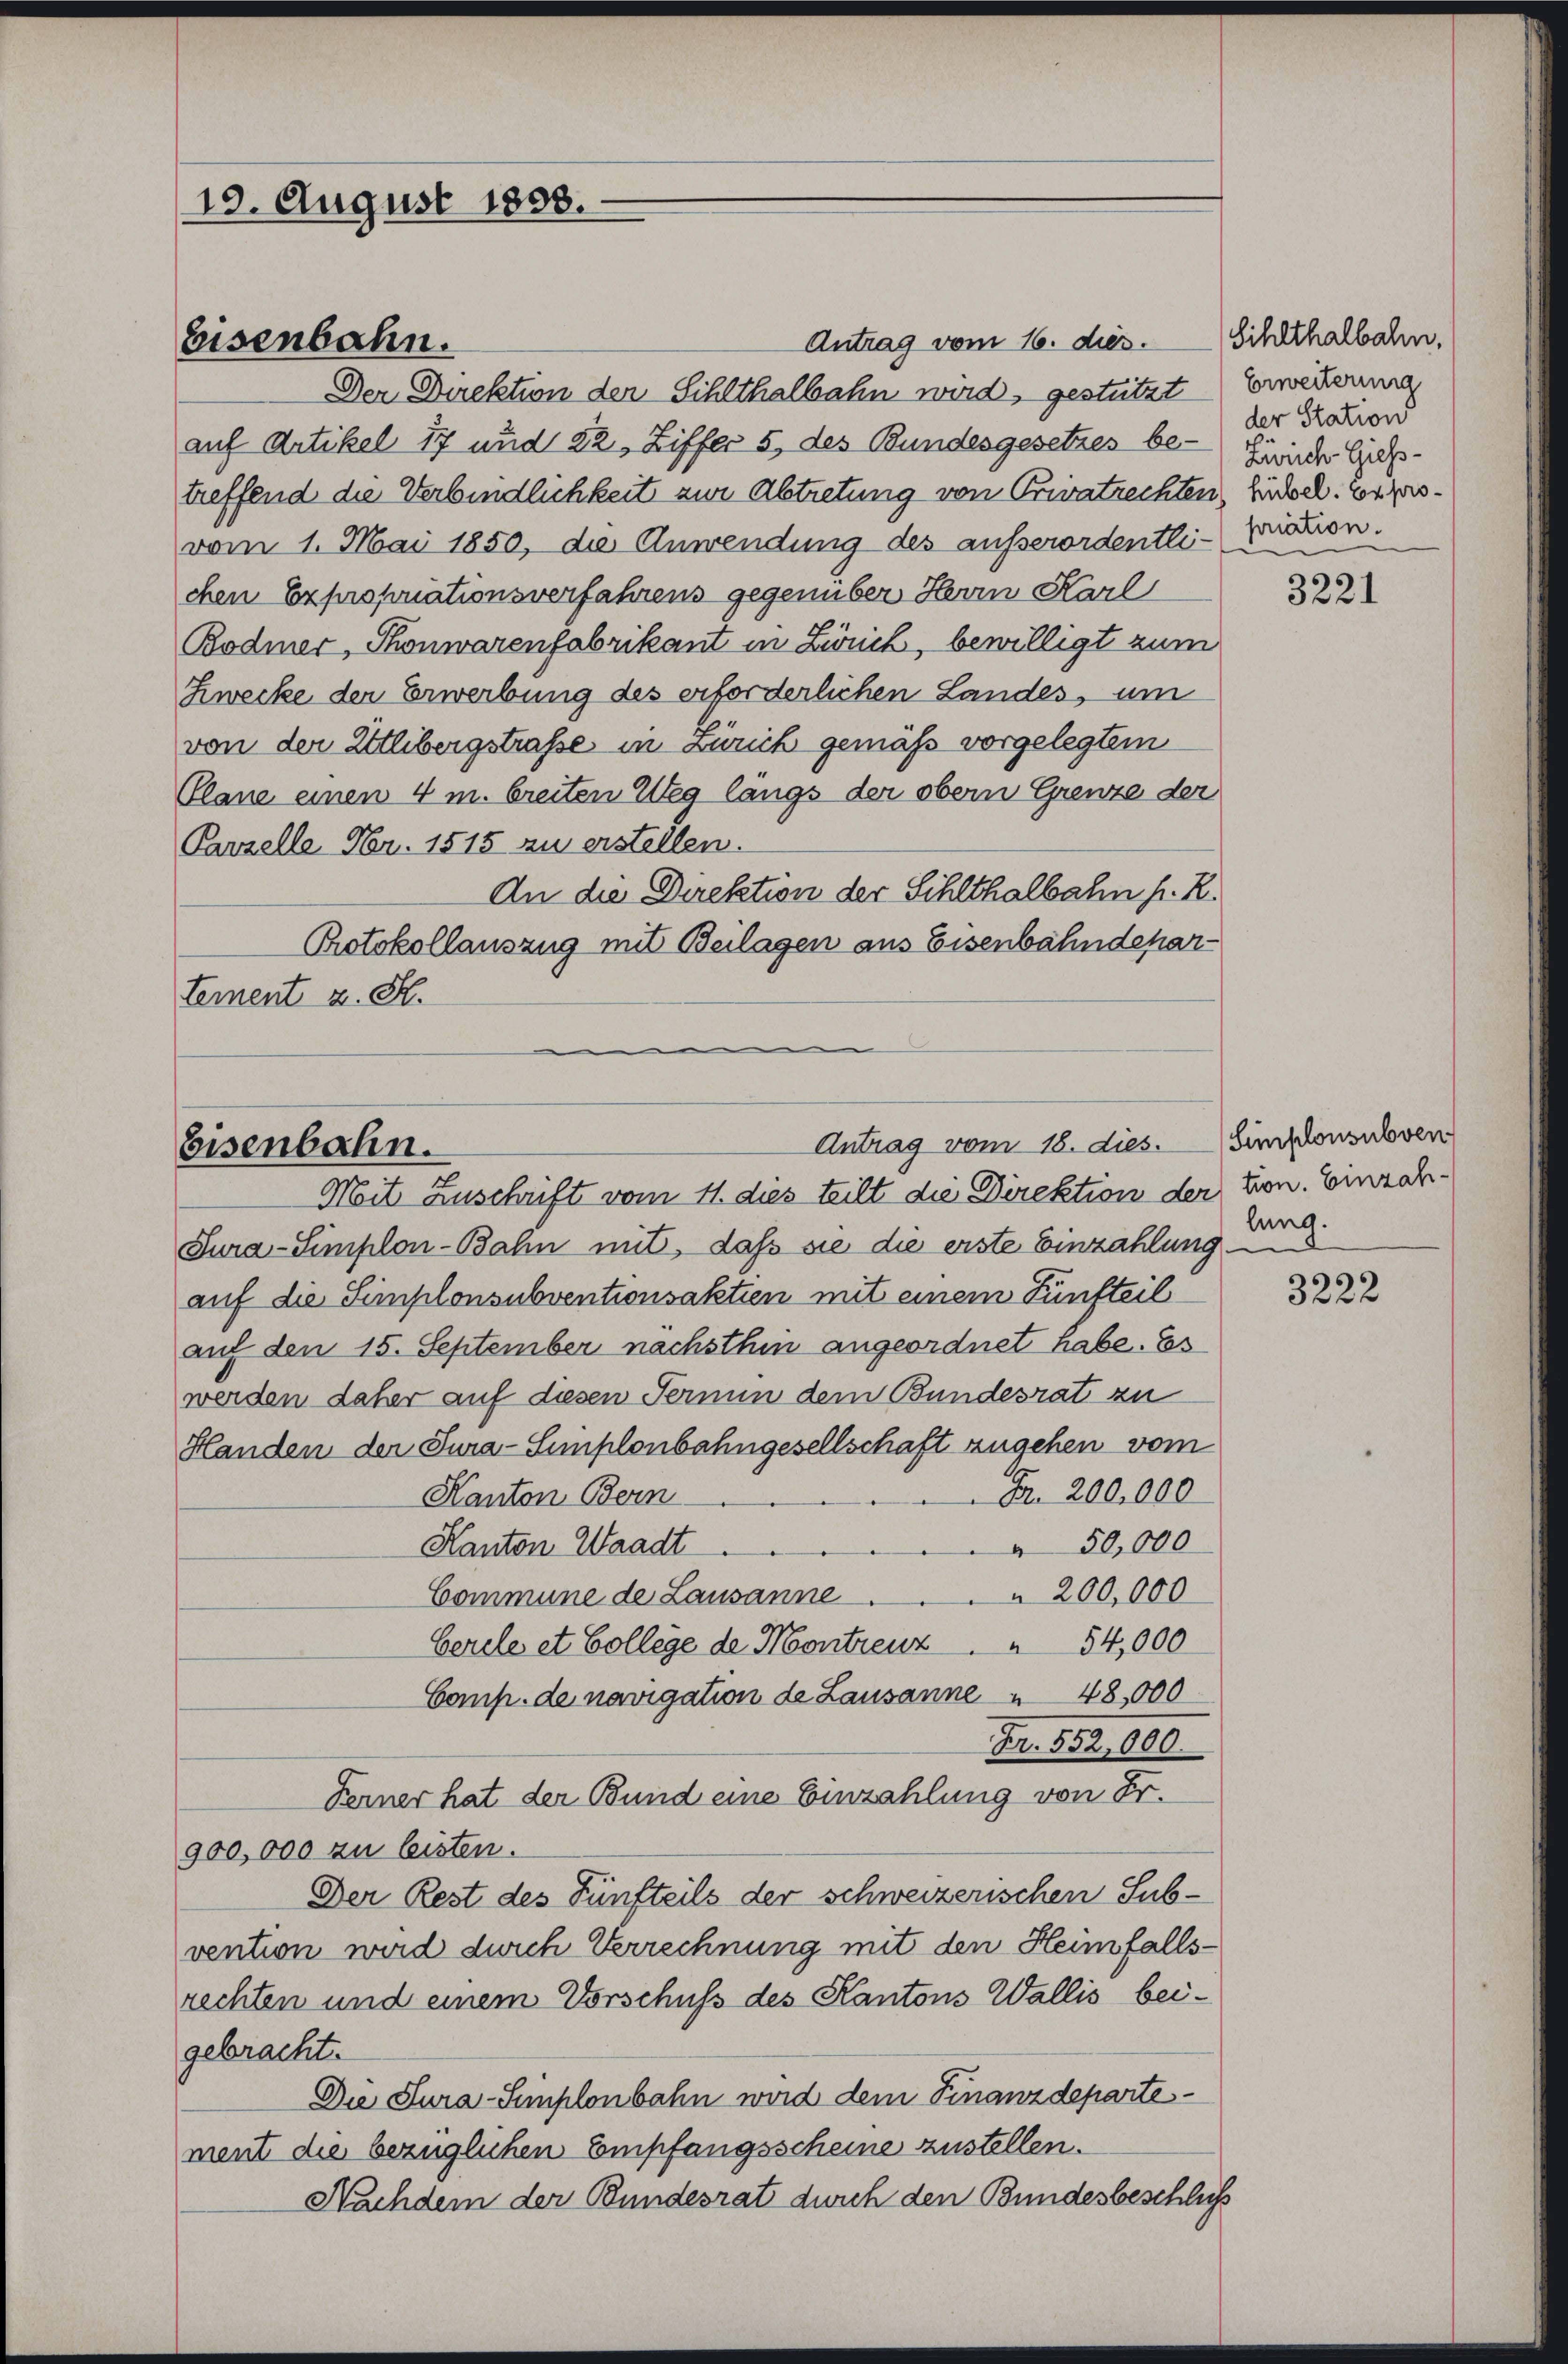
19. August 1858.

Eisenbahn.

Eisenbahn.

Antrag vom 18. dies. Simplonsubven

Antrag vom 16. dies. Sihlthalbahn,
Der Direktion der Sihlthalbahn wird, gestützt
auf Artikel 17 und 22, Ziffer 5 des Bundesgesetzes be-
treffend die Verbindlichkeit zur Abtretung von Privatrechten hindel. Exprovom 1. Mai 1850, die Anwendung des ausserordentlichen Expropriationsverfahrens gegenüber Herrn Karl
Bodmer, Thonwarenfabrikant in Zürich, bewilligt zum
Zwecke der Erwerbung des erforderlichen Landes, um
von der Uetlibergstraße in Zürich gemäß vorgelegtem
Plane einen 4 m. breiten Weg längs der obern Grenze der
Parzelle Nr. 1515 zu erstellen.
An die Direktion der Sihlthalbahn h. R.
Protokollauszug mit Beilagen aus Eisenbahndehartement z. S.

Mit Zuschrift vom 11. dies teilt die Direktion der von. Einzah¬
Jura-Simplon-Bahn mit, daß sie die erste Einzahlung
auf die Simplonsubventionsaktien mit einem Fünfteil
auf den 15. September nächsthin angeordnet habe. Es
werden daher auf diesen Fermin dem Bundesrat zu
Handen der Jura-Simplonbahngesellschaft zugehen vom
Fr. 200,000
Kanton Bern
50,000
Kanton Waadt
200,000
Commune de Lausanne
Gercle et College de Montreuz 54,000
Comp. de navigation de Lausanne " 48,000
Fr. 552,000.
Ferner hat der Bund eine Einzahlung von Fr.
900,000 zu leisten.
Der Rest des Fünfteils der schweizerischen Subvention wird durch Verrechnung mit den Heimfallsrechten und einem Vorschuss des Kantons Wallis beigebracht.
Die Jura-Simplonbahn wird dem Finanzdepartement die bezüglichen Empfangsscheine zustellen.
Nachdem der Bundesrat durch den Bundesbeschließ

Erweiterung
der Station
Zürich Giess-
priation.

3221

lung.

3222